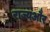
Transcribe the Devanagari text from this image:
राज्यऔर